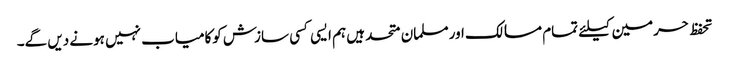
تحفظ حرمین کیلئے تمام مسالک اورمسلمان متحد ہیں ہم ایسی کسی سازش کوکامیاب نہیں ہونے دیں گے۔